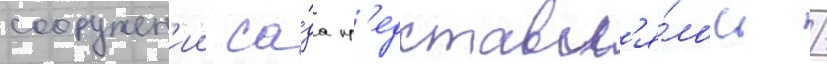
сооружен'ии са́да пр'едставл'я́лось /